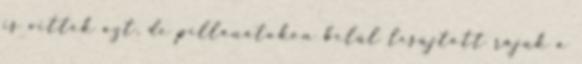
is vitték azt, de pillanatokon belül lesújtott rájuk a